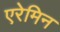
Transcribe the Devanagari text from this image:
एरेमिन